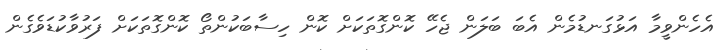
އެހެންވީމާ އަޅުގަނޑުމެން އެބަ ބަލަން ޖެހޭ ކޮންގޮތަކަށް ކޮން ހިސާބަކުންތޯ ކޮންގޮތަކަށް ފަރުވާކުޑަވެގެން